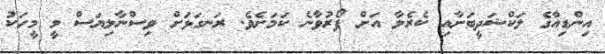
އިންޑިއާގެ ލަކްޝަދީބަށާއި ކެރެލާ އަށް ފޯރުވާނެ ކަމަށެވެ. ރަނގަޅަށް ވިސްނާލިޔަސް މީ މީހަކު